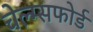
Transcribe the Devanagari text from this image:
चेल्म्सफोर्ड